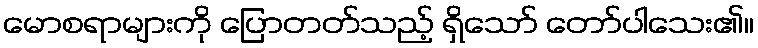
မောစရာများကို ပြောတတ်သည့် ရှိသော် တော်ပါသေး၏။